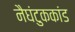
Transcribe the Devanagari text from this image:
नैघंटुककांड